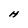
Character: H